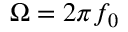
\Omega = 2 \pi f _ { 0 }